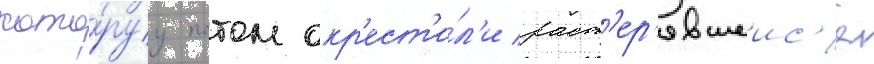
кото́руу потом окр'ест'и́л'и раст'ер'явшеис'я